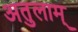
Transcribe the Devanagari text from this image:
अतुलाम्